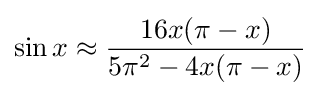
\sin x\approx {\frac {16x(\pi -x)}{5\pi ^{2}-4x(\pi -x)}}